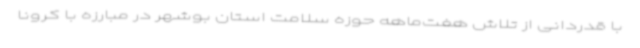
با قدردانی از تلاش هفت‌ماهه حوزه سلامت استان بوشهر در مبارزه با کرونا